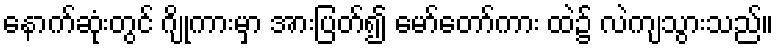
နောက်ဆုံးတွင် ဂျိုကားမှာ အားပြတ်၍ မော်တော်ကား ထဲ၌ လဲကျသွားသည်။